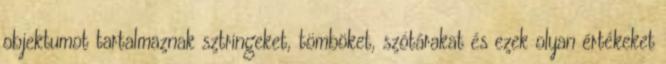
objektumot tartalmaznak sztringeket, tömböket, szótárakat és ezek olyan értékeket